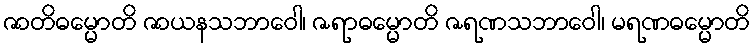
ဇာတိဓမ္မောတိ ဇာယနသဘာဝေါ၊ ဇရာဓမ္မောတိ ဇရဏသဘာဝေါ၊ မရဏဓမ္မောတိ